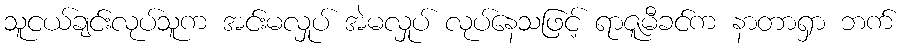
သူငယ်ချင်းလုပ်သူက အင်းမလှုပ် အဲမလှုပ် လုပ်နေသဖြင့် ရာဇူမီခင်က နာတာရှာ ဘက်